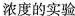
浓度的实验